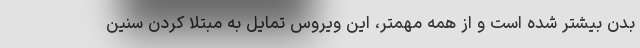
بدن بیشتر شده است و از همه مهمتر، این ویروس تمایل به مبتلا کردن سنین